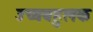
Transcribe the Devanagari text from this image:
उच्चबहुलक